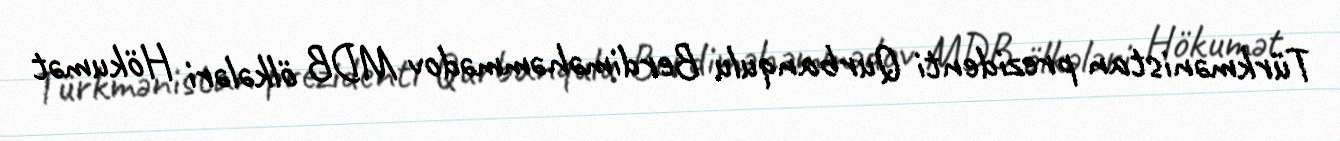
Türkmənistan prezidenti Qurbanqulu Berdiməhəmmədov MDB ölkələri Hökumət